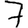
Digit: 7